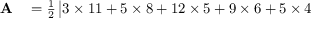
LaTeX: \begin{array} { r l } { \mathbf { A } } & { { } = { \frac { 1 } { 2 } } \, { \big | } 3 \times 1 1 + 5 \times 8 + 1 2 \times 5 + 9 \times 6 + 5 \times 4 } \end{array}